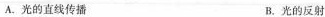
A.光的直线传播 B.光的反射